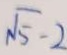
\sqrt { 5 } - 2